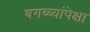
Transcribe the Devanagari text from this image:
बगळ्यांपेक्षा